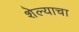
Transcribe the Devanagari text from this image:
शेल्याचा